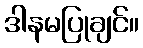
ဒါနမပြုချင်။